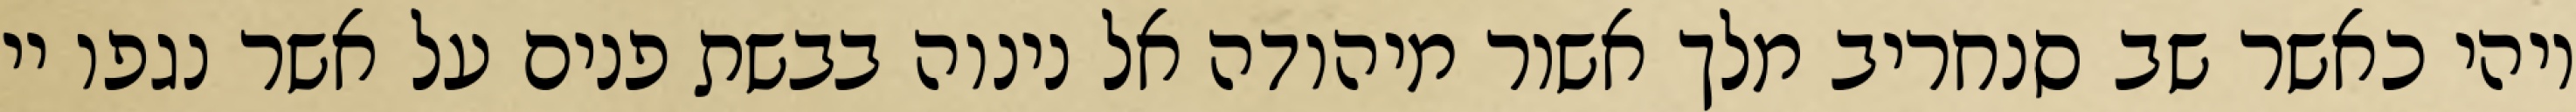
ויהי כאשר שב סנחריב מלך אשור מיהודה אל נינוה בבשת פנים על אשר נגפו יי